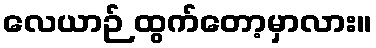
လေယာဉ် ထွက်တော့မှာလား။